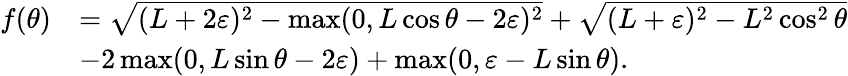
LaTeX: \begin{array}{rl}{f(\theta)}&{=\sqrt{(L+2\varepsilon)^{2}-\operatorname*{max}(0,L\cos\theta-2\varepsilon)^{2}}+\sqrt{(L+\varepsilon)^{2}-L^{2}\cos^{2}\theta}}\\ &{-2\operatorname*{max}(0,L\sin\theta-2\varepsilon)+\operatorname*{max}(0,\varepsilon-L\sin\theta).}\end{array}